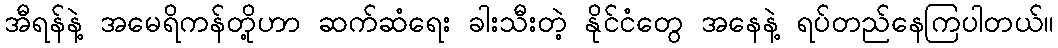
အီရန်နဲ့ အမေရိကန်တို့ဟာ ဆက်ဆံရေး ခါးသီးတဲ့ နိုင်ငံတွေ အနေနဲ့ ရပ်တည်နေကြပါတယ်။